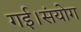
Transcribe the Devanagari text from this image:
गई।संयोग